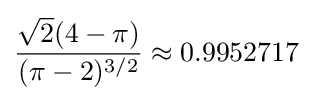
{\frac {{\sqrt {2}}(4-\pi )}{(\pi -2)^{3/2}}}\approx 0.9952717